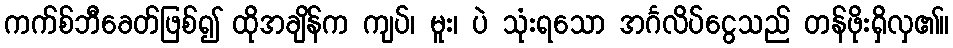
ကက်စ်ဘီခေတ်ဖြစ်၍ ထိုအချိန်က ကျပ်၊ မူး၊ ပဲ သုံးရသော အင်္ဂလိပ်ငွေသည် တန်ဖိုးရှိလှ၏။